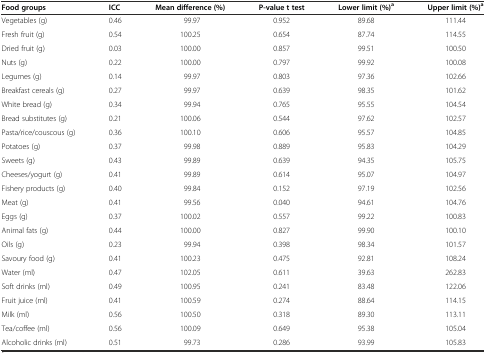
<table><thead><tr><td><b>Food groups</b></td><td><b>ICC</b></td><td><b>Mean difference (%)</b></td><td><b>P-value t test</b></td><td><b>Lower limit (%)<sup>a</sup></b></td><td><b>Upper limit (%)<sup>a</sup></b></td></tr></thead><tbody><tr><td>Vegetables (g)</td><td>0.46</td><td>99.97</td><td>0.952</td><td>89.68</td><td>111.44</td></tr><tr><td>Fresh fruit (g)</td><td>0.54</td><td>100.25</td><td>0.654</td><td>87.74</td><td>114.55</td></tr><tr><td>Dried fruit (g)</td><td>0.03</td><td>100.00</td><td>0.857</td><td>99.51</td><td>100.50</td></tr><tr><td>Nuts (g)</td><td>0.22</td><td>100.00</td><td>0.797</td><td>99.92</td><td>100.08</td></tr><tr><td>Legumes (g)</td><td>0.14</td><td>99.97</td><td>0.803</td><td>97.36</td><td>102.66</td></tr><tr><td>Breakfast cereals (g)</td><td>0.27</td><td>99.97</td><td>0.639</td><td>98.35</td><td>101.62</td></tr><tr><td>White bread (g)</td><td>0.34</td><td>99.94</td><td>0.765</td><td>95.55</td><td>104.54</td></tr><tr><td>Bread substitutes (g)</td><td>0.21</td><td>100.06</td><td>0.544</td><td>97.62</td><td>102.57</td></tr><tr><td>Pasta/rice/couscous (g)</td><td>0.36</td><td>100.10</td><td>0.606</td><td>95.57</td><td>104.85</td></tr><tr><td>Potatoes (g)</td><td>0.37</td><td>99.98</td><td>0.889</td><td>95.83</td><td>104.29</td></tr><tr><td>Sweets (g)</td><td>0.43</td><td>99.89</td><td>0.639</td><td>94.35</td><td>105.75</td></tr><tr><td>Cheeses/yogurt (g)</td><td>0.41</td><td>99.89</td><td>0.614</td><td>95.07</td><td>104.97</td></tr><tr><td>Fishery products (g)</td><td>0.40</td><td>99.84</td><td>0.152</td><td>97.19</td><td>102.56</td></tr><tr><td>Meat (g)</td><td>0.41</td><td>99.56</td><td>0.040</td><td>94.61</td><td>104.76</td></tr><tr><td>Eggs (g)</td><td>0.37</td><td>100.02</td><td>0.557</td><td>99.22</td><td>100.83</td></tr><tr><td>Animal fats (g)</td><td>0.44</td><td>100.00</td><td>0.827</td><td>99.90</td><td>100.10</td></tr><tr><td>Oils (g)</td><td>0.23</td><td>99.94</td><td>0.398</td><td>98.34</td><td>101.57</td></tr><tr><td>Savoury food (g)</td><td>0.41</td><td>100.23</td><td>0.475</td><td>92.81</td><td>108.24</td></tr><tr><td>Water (ml)</td><td>0.47</td><td>102.05</td><td>0.611</td><td>39.63</td><td>262.83</td></tr><tr><td>Soft drinks (ml)</td><td>0.49</td><td>100.95</td><td>0.241</td><td>83.48</td><td>122.06</td></tr><tr><td>Fruit juice (ml)</td><td>0.41</td><td>100.59</td><td>0.274</td><td>88.64</td><td>114.15</td></tr><tr><td>Milk (ml)</td><td>0.56</td><td>100.50</td><td>0.318</td><td>89.30</td><td>113.11</td></tr><tr><td>Tea/coffee (ml)</td><td>0.56</td><td>100.09</td><td>0.649</td><td>95.38</td><td>105.04</td></tr><tr><td>Alcoholic drinks (ml)</td><td>0.51</td><td>99.73</td><td>0.286</td><td>93.99</td><td>105.83</td></tr></tbody></table>